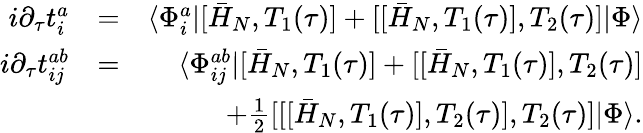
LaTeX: \begin{array}{rlr}{i\partial_{\tau}t_{i}^{a}}&{=}&{\langle\Phi_{i}^{a}|[\bar{H}_{N},T_{1}(\tau)]+[[\bar{H}_{N},T_{1}(\tau)],T_{2}(\tau)]|\Phi\rangle}\\ {i\partial_{\tau}t_{ij}^{ab}}&{=}&{\langle\Phi_{ij}^{ab}|[\bar{H}_{N},T_{1}(\tau)]+[[\bar{H}_{N},T_{1}(\tau)],T_{2}(\tau)]}\\ &{}&{+\frac{1}{2}[[[\bar{H}_{N},T_{1}(\tau)],T_{2}(\tau)],T_{2}(\tau)]|\Phi\rangle.}\end{array}